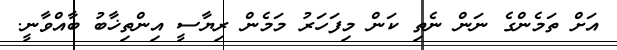
އަށް ތަމެންގެ ނަން ނެތި ކަން މިފަހަރު މަމެން ރިޔާސީ އިންތިޚާބު ބާއްވާނީ.